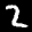
Label: 2